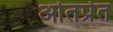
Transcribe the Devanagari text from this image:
ओतप्रेत